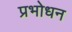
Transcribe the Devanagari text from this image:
प्रभोधन